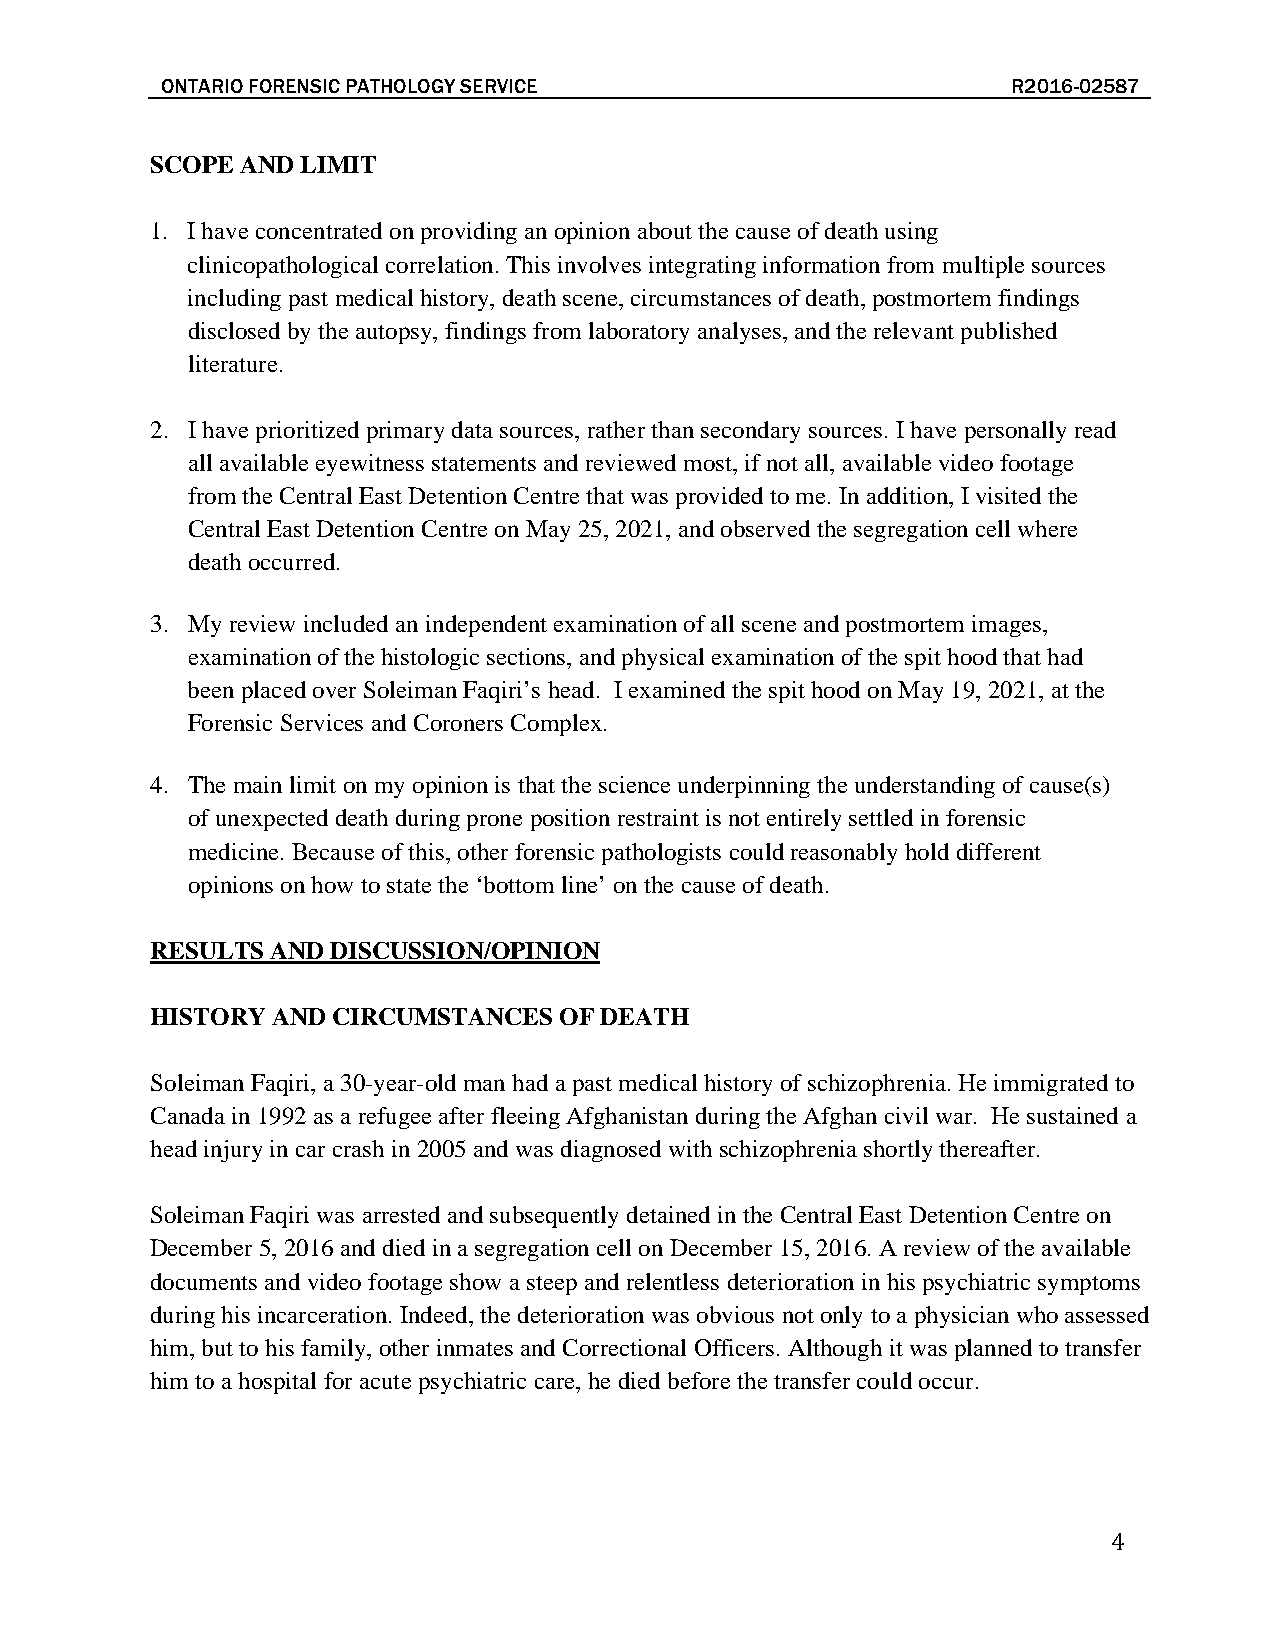
ONTARIO FORENSIC PATHOLOGY SERVICE                      R2016-02587
 SCOPE AND LIMIT
 1. I have concentrated on providing an opinion about the cause of death using
 clinicopathological correlation. This involves integrating information from multiple sources
 including past medical history, death scene, circumstances of death, postmortem findings
 disclosed by the autopsy, findings from laboratory analyses, and the relevant published
 literature.
 2. I have prioritized primary data sources, rather than secondary sources. I have personally read
 all available eyewitness statements and reviewed most, if not all, available video footage
 from the Central East Detention Centre that was provided to me. In addition, I visited the
 Central East Detention Centre on May 25, 2021, and observed the segregation cell where
 death occurred.
 3. My review included an independent examination of all scene and postmortem images,
 examination of the histologic sections, and physical examination of the spit hood that had
 been placed over Soleiman Faqiri’s head. I examined the spit hood on May 19, 2021, at the
 Forensic Services and Coroners Complex.
 4. The main limit on my opinion is that the science underpinning the understanding of cause(s)
 of unexpected death during prone position restraint is not entirely settled in forensic
 medicine. Because of this, other forensic pathologists could reasonably hold different
 opinions on how to state the ‘bottom line’ on the cause of death.
 RESULTS AND DISCUSSION/OPINION
 HISTORY AND CIRCUMSTANCES  OF DEATH
 Soleiman Faqiri, a 30-year-old man had a past medical history of schizophrenia. He immigrated to
 Canada in 1992 as a refugee after fleeing Afghanistan during the Afghan civil war. He sustained a
 head injury in car crash in 2005 and was diagnosed with schizophrenia shortly thereafter.
 Soleiman Faqiri was arrested and subsequently detained in the Central East Detention Centre on
 December 5, 2016 and died in a segregation cell on December 15, 2016. A review of the available
 documents and video footage show a steep and relentless deterioration in his psychiatric symptoms
 during his incarceration. Indeed, the deterioration was obvious not only to a physician who assessed
 him, but to his family, other inmates and Correctional Officers. Although it was planned to transfer
 him to a hospital for acute psychiatric care, he died before the transfer could occur.
 4